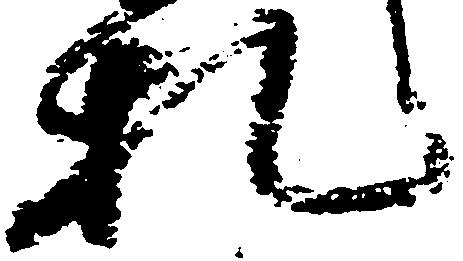
札